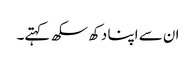
ان سے اپنا دکھ سکھ کہتے۔